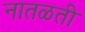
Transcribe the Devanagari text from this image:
नातळती